Report on vaccination in the Province of Bengal - 1874-1889
Year: 1874
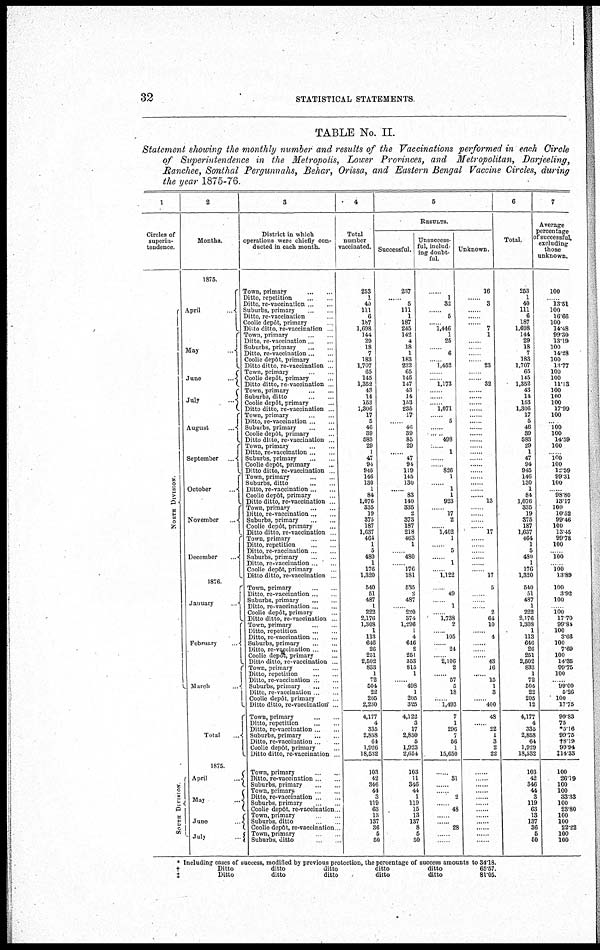
32
STATISTICAL STATEMENTS.
TABLE No. II.
Statement showing the monthly number and results of the Vaccinations performed in each Circle
of Superintendence in the Metropolis, Lower Provinces, and Metropolitan, Darjeeling,
Ranchee, Sonthal Pergunnahs, Behar, Orissa, and Eastern Bengal Vaccine Circles, during
the year 1875-76
1
Circles of
superin-
tendence.
NORTH DIVISION
SOUTH DIVISION
2
Months.
1875.
April
...
May
...
June
...
July
...
August
...
September
...
October
...
November
...
December
...
1876.
January ...
February...
March
...
Total
...
1875
April
...
May...
June ...
July ...
3
District in which
operations were chiefly con-
ducted in each month.
Town, primary... ...
Ditto, repetition... ...
Ditto, re-vaccination... ...
Suburbs, primary. ... ...
Ditto, re-vaccination ...
Coolie depôt, primary ...
Ditto ditto, re-vaccination ...
Town, primary ... ...
Ditto, re-vaccination. ... ...
Suburbs, primary ... ...
Ditto, re-vaccination... ...
Coolie depôt, primary ...
Ditto ditto, re-vaccination ...
Town, primary ... ...
Coolie depôt, primary ...
Ditto ditto, re-vaccination ...
Town, primary ... ...
Suburbs, ditto. ... ...
Coolie depôt, primary ...
Ditto ditto, re-vaccination ...
Town, primary ... ...
Ditto, re-vaccination ... ...
Suburbs, primary. ... ...
Coolie depôt, primary ...
Ditto ditto, re-vaccination ...
Town, primary... ...
Ditto, re-vaccination... ...
Suburbs, primary... ...
Coolie depôt, primary ...
Ditto ditto, re-vaccination ...
Town, primary... ...
Suburbs, ditto ... ...
Ditto, re-vaccination ... ...
Coolie dcpôt, primary ...
Ditto ditto, re-vaccination ...
Town, primary ... ...
Ditto, re-vaccination... ...
Suburbs, primary .. ...
Coolie depôt, primary ...
Ditto ditto, re-vaccination ...
Town, primary ... ...
Ditto, repetition ... ...
Ditto, re-vaccination ... ...
Suburbs, primary ... ...
Ditto, re-vaccination... ...
Coolie depôt, primary ...
Ditto ditto, re-vaccination ...
Town, primary... ...
Ditto, re-vaccination ... ...
Suburbs, primary... ...
Ditto, re-vaccination ... ...
Coolie depôt, primary... ...
Ditto ditto, re-vaccination ... ...
Town, primary... ...
Ditto, repetition ... ...
Ditto, re-vaccination ... ...
Suburbs, primary... ...
Ditto, re-vaccination ... ...
Coolie depôt, primary ...
Ditto ditto, re-vaccination ...
Town, primary ... ...
Ditto, repetition .. ...
Ditto, re-vaccination ... ...
Suburbs, primary ... ...
Ditto, re-vaccination ... ...
Coolie depôt, primary ...
Ditto ditto, re-vaccination ...
Town, primary ... ...
Ditto, repetition... ...
Ditto, re-vaccination ... ...
Suburbs, primary ... ...
Ditto, re-vaccination ... ...
Coolie depôt, primary ...
Ditto ditto, re-vaccination ...
Town, primary ... ...
Ditto, re-vaccination ... ...
Suburbs, primary... ...
Town, primary... ...
Ditto, re-vaccination ... ...
Suburbs, primary... ...
Coolie depôt, re-vaccination ...
Town, primary ... ...
Suburbs, ditto ... ...
Coolie depôt, re-vaccination...
Town, primary ... ...
Suburbs, ditto... ...
4
Total
number
vaccinated.
253
1
40
111
6
187
1,698
144
29
18
7
183
1,707
65
145
1,352
43
14
153
1,306
17
5
46
39
583
29
1
47
94
945
146
130
1
84
1,076
335
19
375
187
1,637
464
1
5
480
1
176
1,320
540
51
487
1
222
2,176
1,308
1
113
646
26
251
2,502
833
1
72
504
22
205
2,230
4,177
4
335
2,858
64
1,926
18,532
103
42
346
44
3
119
63
13
137
36
5
50
5
RESULTS.
Successful.
237
...... 5
111
1
187
245
142
4
18
1
183
232
65
145
147
43
14
153
235
17
...... 46
39
85
29
...... 47
94
119
145
130
...... 83
140
335
2
373
187
218
463
1
...... 480
...... 176
181
535
2
487
...... 220
374
1,296
1
4
646
2
251
353
815
1
...... 498
1
205
325
4,122
3
17
2,850
5
1,923
2,654
103
11
346
44
1
119
15
13
137
8
5
50
Unsuccess-
ful, includ-
ing doubt-
ful.
......
1
32
......
5
...... 1,446
1
25
......
6
...... 1,452
......
...... 1,173
......
......
...... 1,071
......
5
......
...... 498
......
1
......
...... 826
1
......
1
1
923
...... 17
2
...... 1,402
1
......
5
......
1
...... 1,122
......
49
......
1
...... 1,738
2
...... 105
......
24
...... 2,106
2
......
57
5
18
...... 1,493
7
1
296
7
56
1
15,650
......
31
...... ...... 2
...... 48
......
......
28
......
......
Unknown.
16
...... 3
......
......
...... 7
1
......
......
...... ...... 23
......
...... 32
......
......
......
......
......
......
......
......
......
......
......
......
......
......
......
......
......
...... 13
......
......
......
...... 17
......
......
......
......
......
...... 17
5
......
......
......
2
64
10
......
4
......
......
......
43
16
...... 15
1
3
...... 400
48
......
22
1
3
2
22
......
......
......
......
......
......
......
......
......
......
......
......
6
Total
253
1
40
111
6
187
1,698
144
29
18
7
183
1,707
65
145
1,352
43
14
153
1,306
17
5
46
39
583
29
1
47
94
945
146
130
1
84
1,076
335
19
375
187
1,637
464
1
5
480
1
176
1,320
540
51
487
1
222
2,176
1,308
1
113
646
26
251
2,502
833
1
72
504
22
205
12
4,177
4
335
2,868
64
1,929
18,532
103
42
346
44
3
119
63
13
137
36
5
50
7
Average
percentage
of successful,
excluding
those
unknown.
100
...... 13.51
100
16.66
100
14.48
99.30
13.19
100
14.28
100
13.77
100
100
11.13
100
100
100
17.99
100
...... 100
100
14.59
100
...... 100
100
12.59
99.31
100
...... 98.80
13.17
100
10.52
99.46
100
13.45
99.78
100
...... 100
...... 100
13.89
100
3.92
100
...... 100
17.70
99.84
100
3.66
100
7.69
100
14.35
99.75
100
...... 99.00
5.26
100
17.75
99. 83
75
*5.16
99.75
†8.19
99.94
‡14.33
100
26.19
100
100
33.33
100
23.80
100
100
22.22
100
100
* Including cases of success, modified by previous protection, the percentage of success amounts to
†
Ditto
ditto
ditto
ditto
ditto
‡
Ditto
ditto
ditto
ditto
ditto
34.18.
65.57.
81.05.